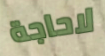
لاحاجة